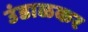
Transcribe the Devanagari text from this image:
उंडाळकर